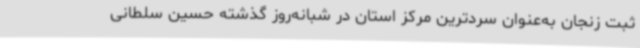
ثبت زنجان به‌عنوان سردترین مرکز استان در شبانه‌روز گذشته حسین سلطانی